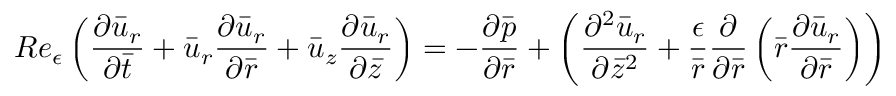
R e _ { \epsilon } \left( \frac { { \partial } \bar { u } _ { r } } { { \partial } \bar { t } } + \bar { u } _ { r } \frac { { \partial } \bar { u } _ { r } } { { \partial } \bar { r } } + \bar { u } _ { z } \frac { { \partial } \bar { u } _ { r } } { { \partial } \bar { z } } \right) = - \frac { { \partial } \bar { p } } { { \partial } \bar { r } } + \left( \frac { { \partial } ^ { 2 } \bar { u } _ { r } } { { \partial } \bar { z } ^ { 2 } } + \frac { \epsilon } { \bar { r } } \frac { { \partial } } { { \partial } \bar { r } } \left( \bar { r } \frac { { \partial } \bar { u } _ { r } } { { \partial } \bar { r } } \right) \right)